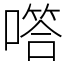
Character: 㗳